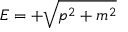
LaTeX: E = + { \sqrt { p ^ { 2 } + m ^ { 2 } } }